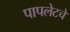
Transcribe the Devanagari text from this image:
पापलेटचे